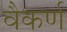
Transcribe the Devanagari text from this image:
वैकर्ण